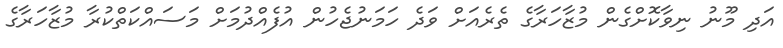
އަދި މޫނު ނިވާކޮށްގެން މުޒާހަރާގެ ތެރެއަށް ވަދެ ހަމަނުޖެހުން އުފެއްދުމަށް މަސައްކަތްކުރާ މުޒާހަރާގެ